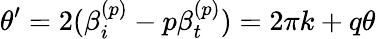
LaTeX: \theta^{\prime}=2(\beta_{i}^{(p)}-p\beta_{t}^{(p)})=2\pi k+q\theta